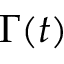
\boldsymbol { \Gamma } ( t )